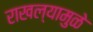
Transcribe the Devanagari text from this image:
राखल्यामुळे